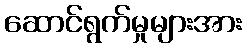
ဆောင်ရွက်မှုများအား